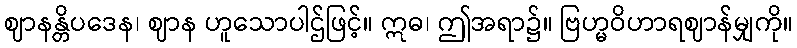
ဈာနန္တိပဒေန၊ ဈာန ဟူသောပါဌ်ဖြင့်။ ဣဓ၊ ဤအရာ၌။ ဗြဟ္မဝိဟာရဈာန်မျှကို။